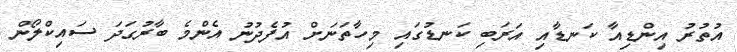
އުތުރު އިންޑިއާ ކަނޑާއި އަރަބި ކަނޑުގައި މިހާތަނަށް އުފެދުނު އެންމެ ބާރުގަދަ ސައިކްލޯން